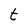
Character: t